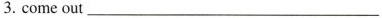
3.come out ___